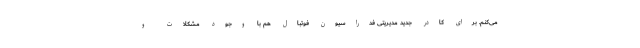
می‌کنم. برای کادر جدید مدیریتی فدراسیون فوتبال هم با وجود مشکلات و